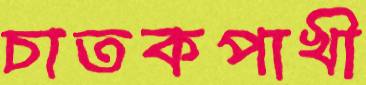
চাতকপাখী